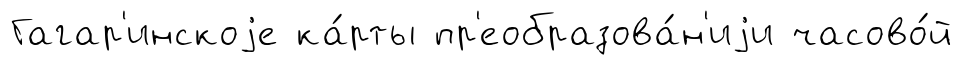
Гагар'инскоjе ка́рты пр'еобразова́н'иjи часово́й